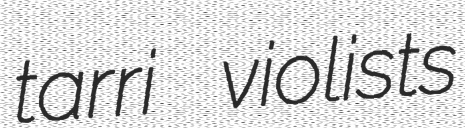
tarri violists